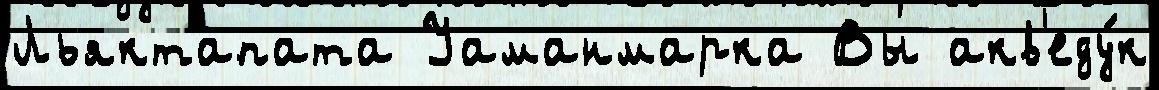
Льяктапата Уаманмарка Вы акв'еду́к